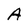
Character: A